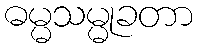
ဓမ္မသမ္မုခတာ